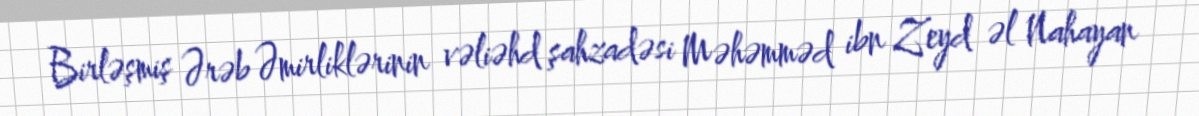
Birləşmiş Ərəb Əmirliklərinin vəliəhd şahzadəsi Məhəmməd ibn Zeyd əl Nahayan